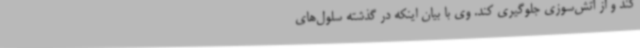
کند و از آتش‌سوزی جلوگیری کند. وی با بیان اینکه در گذشته سلول‌های